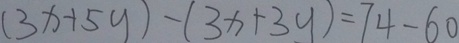
( 3 x + 5 y ) - ( 3 x + 3 y ) = 7 4 - 6 0